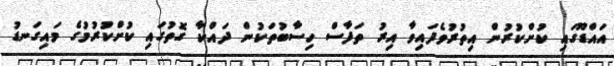
އައްޑޫގައި ކުށްކުރުން އިތުރުވެފައިވާ އިރު ތަފާސް ހިސާބުތަކުން ދައްކާ ގޮތުގައި ކުށްކުރުމުގެ މައިގަނޑު